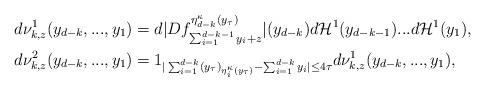
LaTeX: \begin{align*}&d\nu^1_{k,z}(y_{d-k},...,y_1)=d|Df^{\eta_{d-k}^{\kappa}(y_{\tau})}_{\sum_{i=1}^{d-k-1}y_i+z}|(y_{d-k})d\mathcal{H}^1(y_{d-k-1})...d\mathcal{H}^1(y_1),\\& d\nu^2_{k,z}(y_{d-k},...,y_1)=1_{|\sum_{i=1}^{d-k}(y_{\tau})_{\eta_i^{\kappa}(y_{\tau})}-\sum_{i=1}^{d-k}y_i|\leq 4\tau}d\nu^1_{k,z}(y_{d-k},...,y_1),\end{align*}